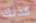
كذلك